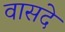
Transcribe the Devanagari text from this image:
वासदे